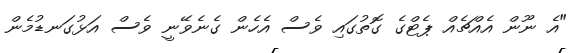
"އެ ނޫން އެއްޗެއް ޕެޓްގެ ގޮތުގައި ވެސް އެހެން ގެނެވޭނީ ވެސް އަޅުގަނޑުމެން